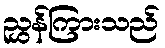
ညွှန်ကြားသည်